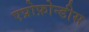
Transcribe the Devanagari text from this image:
एप्रोफ़ोन्डीस